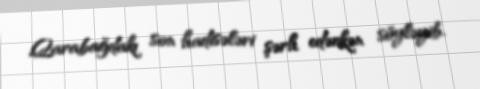
Qarabağdakı son hadisələri şərh edərkən söyləyib.